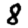
Digit: 8